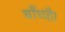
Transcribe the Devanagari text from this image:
बाँधहै।